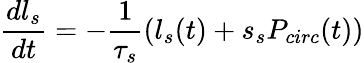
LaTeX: \frac{dl_{s}}{dt}=-\frac{1}{\tau_{s}}(l_{s}(t)+s_{s}P_{circ}(t))